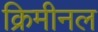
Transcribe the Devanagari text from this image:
क्रिमीनल